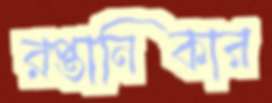
রপ্তানিকার